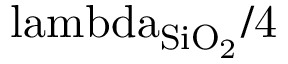
\mathrm { \ l a m b d a _ { S i O _ { 2 } } / 4 }